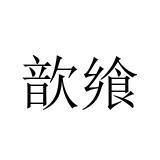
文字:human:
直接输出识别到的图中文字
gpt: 歆飨